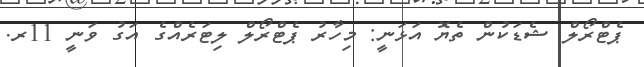
ޕެޓްރޯލް ޝެޑަކުން ތެޔޮ އަޅަނީ: މިހާރު ޕެޓްރޯލް ލިޓަރެއްގެ އަގު ވަނީ 11ރ.